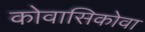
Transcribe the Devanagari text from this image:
कोवासिकोवा